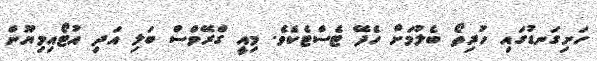
ހަށިގަނޑުގައި ހުރިތޯ ބެލުމަށް ހެދޭ ޓެސްޓެކެވެ. މިއީ ގްރޭވްސް ބަލި އަދި އުޓޯއިމިޔޫން